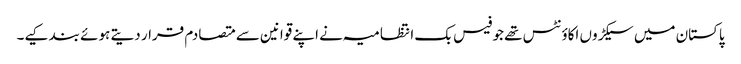
پاکستان میں سیکڑوں اکاؤنٹس تھے جو فیس بک انتظامیہ نے اپنے قوانین سے متصادم قرار دیتے ہوئے بند کیے۔